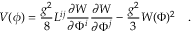
V ( \phi ) = \frac { g ^ { 2 } } { 8 } L ^ { i j } \frac { \partial { \cal W } } { \partial \Phi ^ { i } } \frac { \partial { \cal W } } { \partial \Phi ^ { j } } - \frac { g ^ { 2 } } { 3 } { \cal W } ( \Phi ) ^ { 2 } \quad .